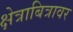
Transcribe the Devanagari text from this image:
क्षेत्राबित्रावर